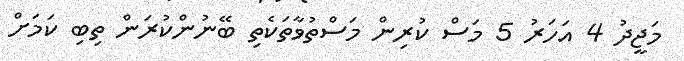
މަޖީދު 4 އަހަރު 5 މަސް ކުރިން މަސްތުވާތަކެތި ބޭނުންކުރަން ތިބި ކަމަށް